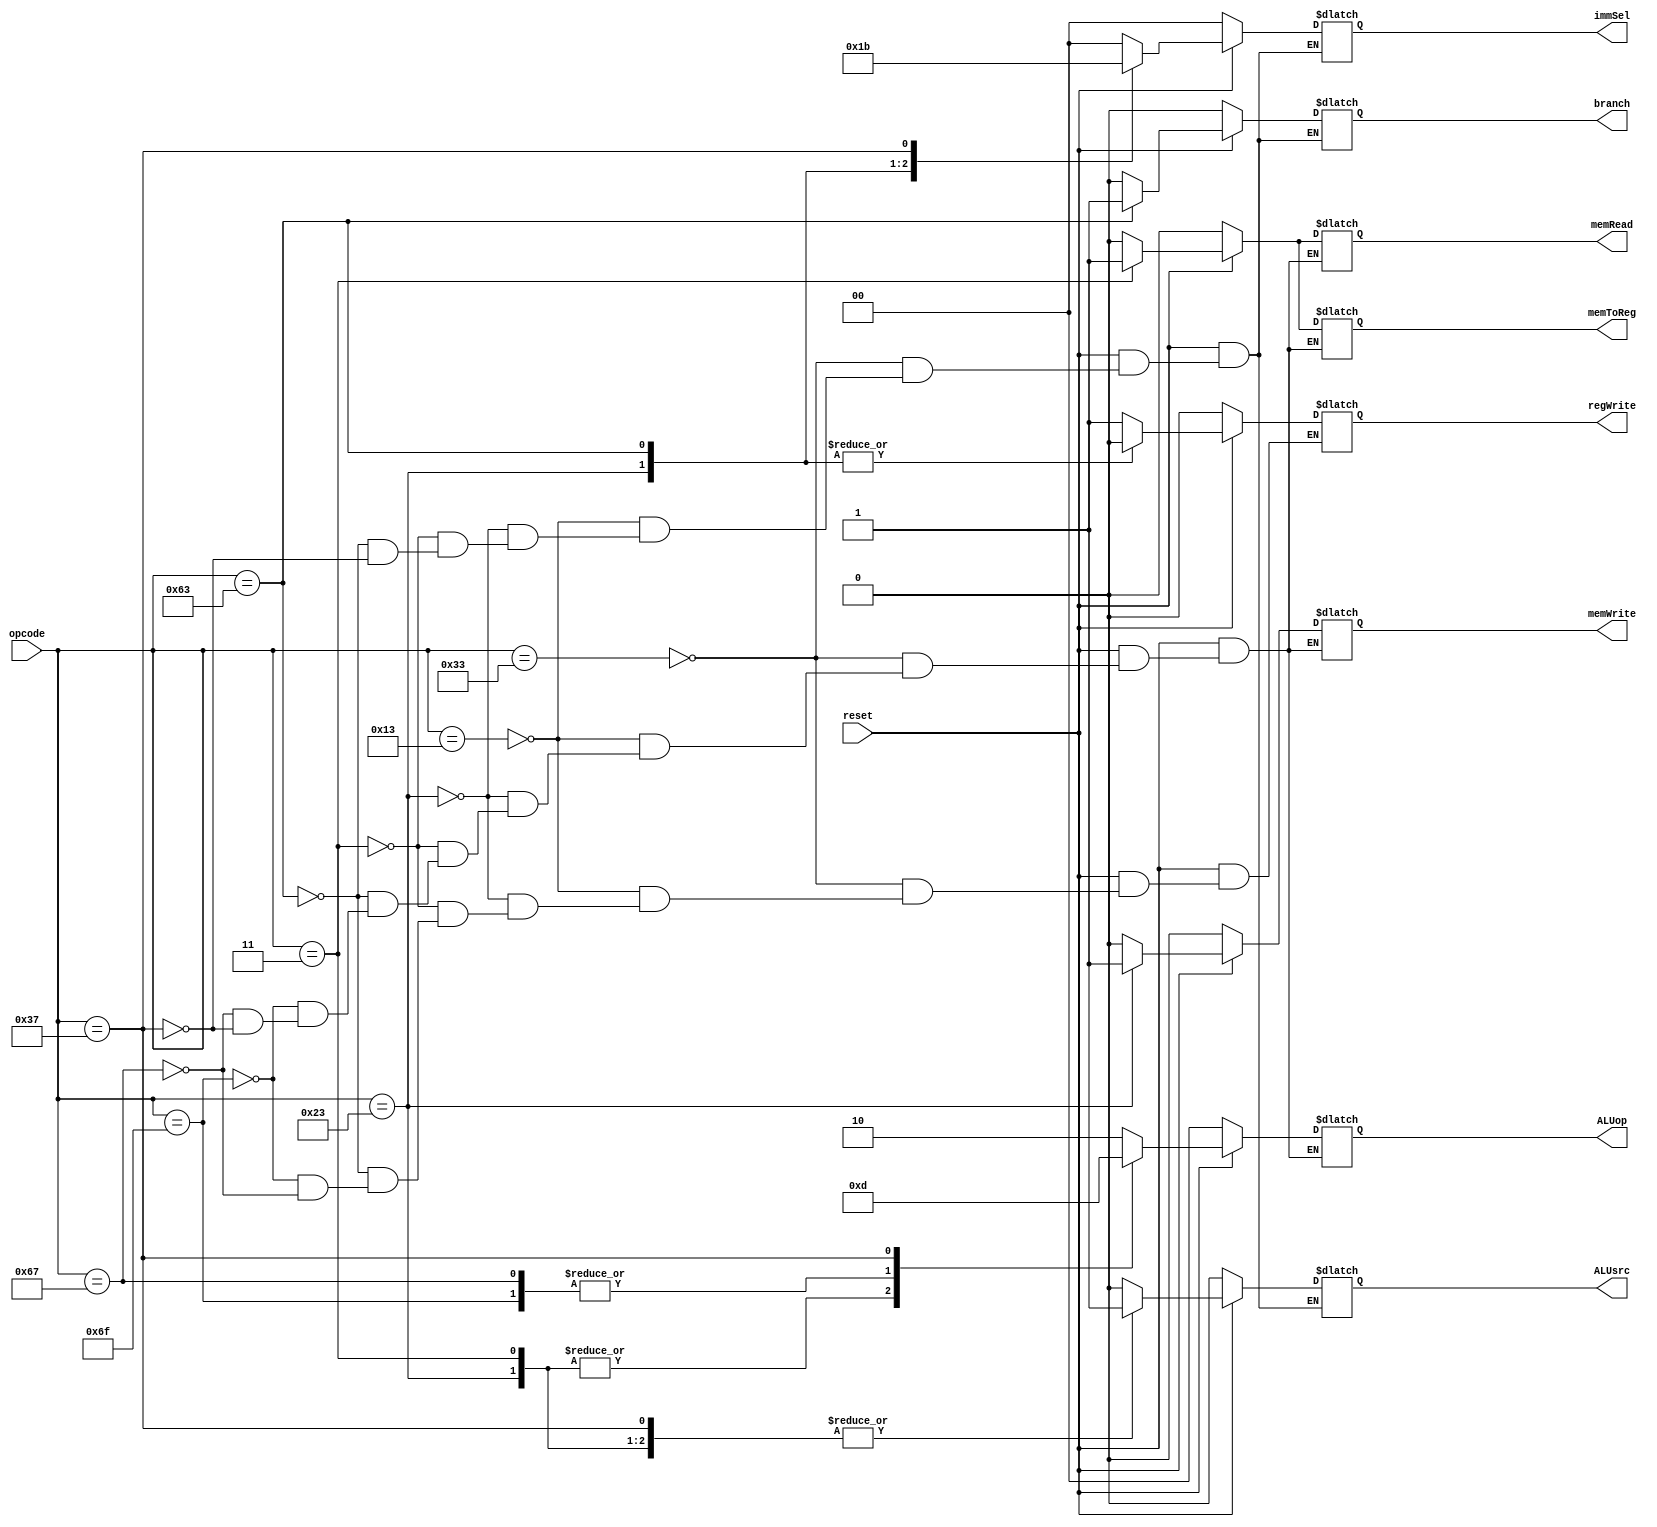
`timescale 1ns / 1ps

module Control_Unit(
	input reset,
	input [6:0] opcode,
	output reg [1:0] ALUop,
	output reg regWrite,
	output reg memRead,
	output reg memWrite,
	output reg memToReg,
	output reg [1:0] immSel,
	output reg ALUsrc,
	output reg branch
    );

always@(reset,opcode)
begin
if(reset == 0)
begin
ALUop = 2'b00;
regWrite = 1'b0;
memRead = 1'b0;
memWrite = 1'b0;
memToReg = 1'b0;
immSel = 2'b00;
ALUsrc = 1'b0;
branch = 1'b0;
end
else
begin
casex(opcode)
7'b0110011: //R
begin
ALUop = 2'b10;
regWrite = 1'b1;
memRead = 1'b0;
memWrite = 1'b0;
memToReg = 1'b0;
immSel = 2'bxx;
ALUsrc = 1'b0;
branch = 1'b0;
end
7'b0010011: //I
begin
ALUop = 2'b10;
regWrite = 1'b1;
memRead = 1'b0;
memWrite = 1'b0;
memToReg = 1'b0;
immSel = 2'b00;
ALUsrc = 1'b1;
branch = 1'b0;
end
7'b0100011: //S
begin
ALUop = 2'b00;
regWrite = 1'b0;
memRead = 1'b0;
memWrite = 1'b1;
memToReg = 1'bx;
immSel = 2'b01;
ALUsrc = 1'b1;
branch = 1'b0;
end
7'b0000011: //load
begin
ALUop = 2'b00;
regWrite = 1'b1;
memRead = 1'b1;
memWrite = 1'b0;
memToReg = 1'b1;
immSel = 2'b00;
ALUsrc = 1'b1;
branch = 1'b0;
end
7'b1100011: //B
begin
ALUop = 2'bxx;
regWrite = 1'b0;
memRead = 1'b0;
memWrite = 1'b0;
memToReg = 1'bx;
immSel = 2'b10;
ALUsrc = 1'b0;
branch = 1'b1;
end
7'b1101111: //jal
begin
ALUop = 2'b11;
regWrite = 1'b1;
memRead = 1'b0;
memWrite = 1'b0;
memToReg = 1'b0;
end
7'b1100111: //jalr
begin
ALUop = 2'b11;
regWrite = 1'b1;
memRead = 1'b0;
memWrite = 1'b0;
memToReg = 1'b0;
end
7'b0110111: //lui
begin
ALUop = 2'b01;
memRead = 1'b0;
memWrite = 1'b0;
memToReg = 1'b0;
immSel = 2'b11;
ALUsrc = 1'b1;
branch = 1'b0;
end
endcase
end
end
endmodule